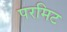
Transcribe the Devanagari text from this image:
परमिट